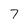
Character: 7